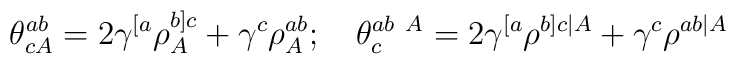
\theta^{ab}_{cA}=2\gamma^{[a}\rho^{b]c}_A+\gamma^c\rho^{ab}_A;\quad\theta^{ab\ A}_c=2\gamma^{[a}\rho^{b]c\vert A}+\gamma^c\rho^{ab\vert A}